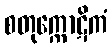
စတုက္ကောဋိကံ